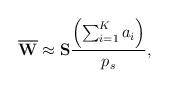
\begin{align*}\overline{\mathbf{W}}\approx \mathbf{S}\dfrac{\left( \sum^K_{i=1} a_i \right)}{p_s} ,\end{align*}